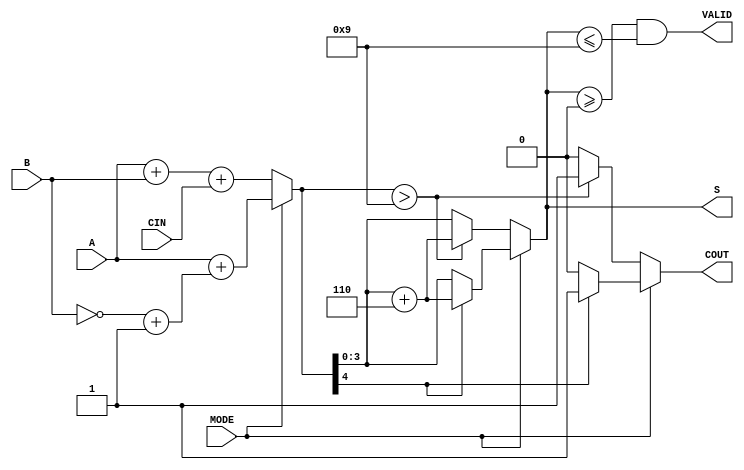
module BCD_Add_Subtracter (
    input  wire [3:0] A,      // First BCD digit
    input  wire [3:0] B,      // Second BCD digit
    input  wire MODE,         // Operation mode: 0 for addition, 1 for subtraction
    input  wire CIN,          // Carry-in for addition
    output reg  [3:0] S,      // Resulting BCD digit
    output reg  COUT,         // Carry-out for addition
    output reg  VALID         // Indicates if the output is a valid BCD digit
);

    wire [4:0] sum;           // 5-bit sum to accommodate carry
    wire [4:0] adjusted_sum;  // Adjusted sum for BCD correction
    wire [4:0] B_comp;        // 2's complement of B for subtraction
    wire is_addition;         // Flag for addition operation
    wire is_subtraction;      // Flag for subtraction operation

    // Determine operation mode
    assign is_addition = ~MODE;
    assign is_subtraction = MODE;

    // Calculate the 2's complement of B for subtraction
    assign B_comp = {1'b0, ~B} + 1'b1; // Invert B and add 1

    // Perform addition or subtraction based on MODE
    assign sum = is_addition ? {1'b0, A} + {1'b0, B} + CIN : {1'b0, A} + B_comp;

    // Check for BCD correction
    assign adjusted_sum = sum + 5'b00110; // Add 6 for BCD correction

    always @(*) begin
        if (is_addition) begin
            // Addition operation
            if (sum > 5'b01001) begin
                S = adjusted_sum[3:0]; // Correct to valid BCD
                COUT = 1;               // Set carry-out
            end else begin
                S = sum[3:0];           // No correction needed
                COUT = 0;               // No carry-out
            end
        end else if (is_subtraction) begin
            // Subtraction operation
            if (sum[4] == 1'b1) begin
                // Negative result, apply correction
                S = adjusted_sum[3:0]; // Correct to valid BCD
                COUT = 1;               // Indicate borrow
            end else begin
                S = sum[3:0];           // No correction needed
                COUT = 0;               // No borrow
            end
        end else begin
            S = 4'b0000; // Default case
            COUT = 0;
        end

        // Check for valid BCD output
        VALID = (S >= 4'b0000 && S <= 4'b1001);
    end

endmodule